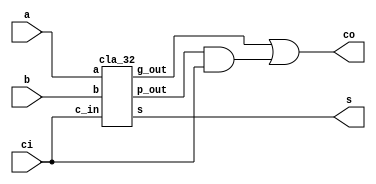
// 
module cla32 (a,b,ci,s,co);
    input   [31:0]  a,b;
    input  ci;
    output   [31:0]   s;
    output co;
    wire  g_out,p_out;
    cla_32  cla   (a,b, ci,g_out,p_out, s); 
    assign  co  =  g_out| p_out &  ci;
endmodule

module add(a,b,c,g,p,s);
    input a,b,c;
    output g,p,s;
    assign s = a^b^c;
    assign g = a & b;
    assign p = a | b;
endmodule

module g_p  (g,p,c_in,g_out,p_out,c_out);
    input  [1:0]  g,p;
    input  c_in;
    output g_out, p_out, c_out;
    assign g_out = g[1]|p[1] & g[0];
    assign p_out = p[1]  & p[0];
    assign c_out = g[0]   |  p[0]  &  c_in;
endmodule

module cla_2 (a,b,c_in,g_out,p_out,s) ;
    input  [1:0]  a,b;
    input c_in;
    output g_out, p_out;
    output  [1:0]  s;
    wire  [1:0]  g,p;
    wire c_out;
    add add0 (a[0],b[0],c_in, g[0],p[0],s[0]);
    add add1 (a[1],b[1],c_out, g[1],p[1],s[1]);
    g_p g_p0 (g,p,c_in,  g_out,p_out,c_out);
endmodule

module cla_4 (a,b, c_in,g_out,p_out,s);
    input  [3:0]  a,b;
    input  c_in;
    output g_out, p_out;
    output  [3:0]  s;
    wire  [1:0]  g,p;
    wire c_out;
    cla_2 cla0 (a[1:0],b[1:0],c_in, g[0],p[0],s[1:0]);
    cla_2 clal (a[3:2],b[3:2],c_out,g[1],p[1],s[3:2]);
    g_p    g_p0  (g,p,c_in, g_out,p_out,c_out);
endmodule

module  cla_8   (a,b, c_in,g_out,p_out, s);
    input   [7:0]  a,b;
    input  c_in;
    output  g_out, p_out;
    output   [7:0]   s;
    wire   [1:0]   g,p;
    wire  c_out;
    cla_4  cla0  (a[3:0],b[3:0],c_in, g[0],p[0],s[3:0]);
    cla_4  c1a1  (a[7:4],b[7:4],c_out,g[1],p[1],s[7:4]);
    g_p   g_p0  (g,p,c_in,  g_out,p_out,c_out);
endmodule


module cla_16 (a,b, c_in,g_out,p_out, s);
    input   [15:0]  a,b;
    input  c_in;
    output  g_out, p_out;
    output   [15:0]  s;
    wire  [1:0]  g,p;
    wire  c_out;
    cla_8  cla0   (a[7:0],b[7:0],c_in,g[0],p[0],s[7:0]);
    cla_8  cla1   (a[15:8],b[15:8],c_out,g[1],p[1],s[15:8]);
    g_p    g_p0  (g,p,c_in,  g_out,p_out,c_out);
endmodule

module cla_32  (a,b,c_in,g_out,p_out, s);
    input  [31:0]  a,b;
    input c_in;
    output  g_out, p_out;
    output  [31:0]  s;
    wire  [1:0]  g,p;
    wire c_out;
    cla_16 c1a0 (a[15:0],b[15:0],c_in,g[0],p[0],s[15:0]);
    cla_16 c1a1 (a[31:16],b[31:16],c_out,g[1],p[1],s[31:16]);
    g_p    g_p0  (g,p,c_in, g_out,p_out,c_out);
endmodule